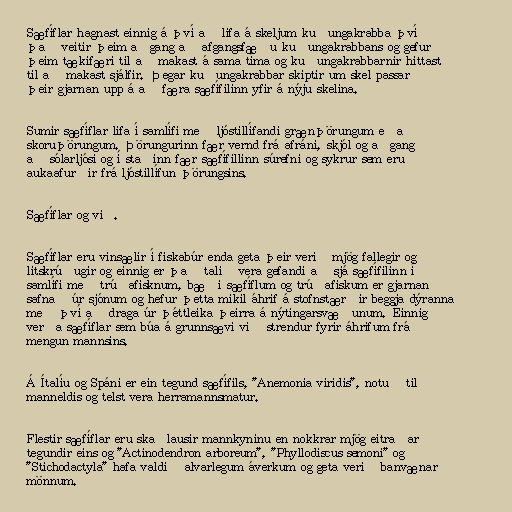
Sæfíflar hagnast einnig á því að lifa á skeljum kuðungakrabba því
það veitir þeim aðgang að afgangsfæðu kuðungakrabbans og gefur
þeim tækifæri til að makast á sama tíma og kuðungakrabbarnir hittast
til að makast sjálfir. Þegar kuðungakrabbar skiptir um skel passar
þeir gjarnan upp á að færa sæfífilinn yfir á nýju skelina.

Sumir sæfíflar lifa í samlífi með ljóstillífandi grænþörungum eða
skoruþörungum. Þörungurinn fær vernd frá afráni, skjól og aðgang
að sólarljósi og í staðinn fær sæfífillinn súrefni og sykrur sem eru
aukaafurðir frá ljóstillífun þörungsins.

Sæfíflar og við.

Sæfíflar eru vinsælir í fiskabúr enda geta þeir verið mjög fallegir og
litskrúðugir og einnig er það talið vera gefandi að sjá sæfífilinn í
samlífi með trúðafisknum, bæði sæfíflum og trúðafiskum er gjarnan
safnað úr sjónum og hefur þetta mikil áhrif á stofnstærðir beggja dýranna
með því að draga úr þéttleika þeirra á nýtingarsvæðunum. Einnig
verða sæfíflar sem búa á grunnsævi við strendur fyrir áhrifum frá
mengun mannsins.

Á Ítalíu og Spáni er ein tegund sæfífils, "Anemonia viridis", notuð til
manneldis og telst vera herramannsmatur.

Flestir sæfíflar eru skaðlausir mannkyninu en nokkrar mjög eitraðar
tegundir eins og "Actinodendron arboreum", "Phyllodiscus semoni" og
"Stichodactyla" hafa valdið alvarlegum áverkum og geta verið banvænar
mönnum.